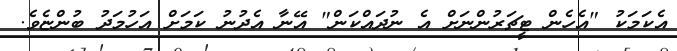
އެކަމަކު "އެހެން ޓީޗަރުންނަށް އެ ނުދައްކަން" އޭނާ އެދުނު ކަމަށް އަހުމަދު ބުންޏެވެ.